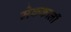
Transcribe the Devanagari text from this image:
मेककार्ली